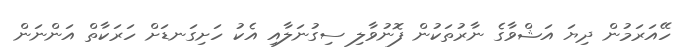
ހޭއަރަމުން ދިޔަ އަޝްވާގެ ނާރުތަކުން ފޮނުވާލި ސިގުނަލާއި އެކު ހަށިގަނޑަށް ހަރަކާތް އަންނަން